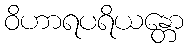
ဝိဟာရပရိယန္တော